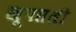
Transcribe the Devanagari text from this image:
खूपसली